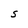
Character: S